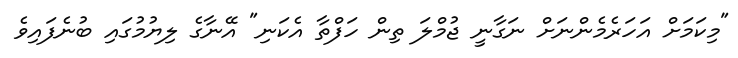
"މިކަމަށް އަހަރެމެންނަށް ނަގާނީ ޖުމްލަ ތިން ހަފްތާ އެކަނި" އޭނާގެ ލިޔުމުގައި ބުނެފައިވެ